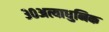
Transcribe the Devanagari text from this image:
३०अत्याधुनिक